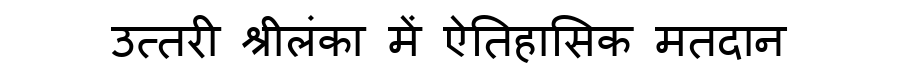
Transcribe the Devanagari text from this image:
उत्तरी श्रीलंका में ऐतिहासिक मतदान